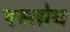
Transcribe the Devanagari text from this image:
एस्तोय